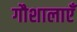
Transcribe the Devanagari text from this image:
गौशालाएँ